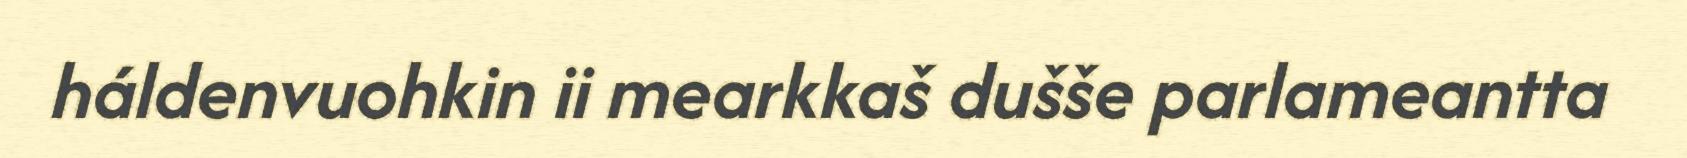
háldenvuohkin ii mearkkaš dušše parlameantta